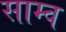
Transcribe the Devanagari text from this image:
साम्व